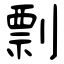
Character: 剽